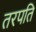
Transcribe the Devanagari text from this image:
तरपति